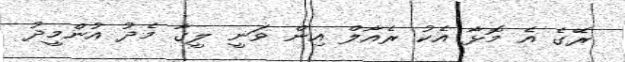
ރޭގެ އެ މޮޅާ އެކު ރެއާލް އިން ވަނީ ލީގާ މެދު އުންމީދު